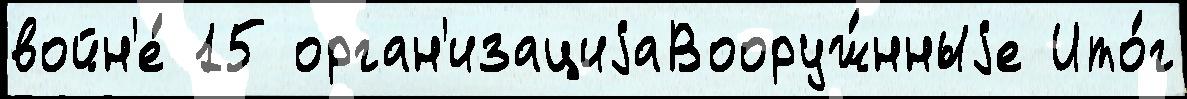
войн'е́ 15 орган'изациjаВооруж́нныjе Ито́г